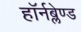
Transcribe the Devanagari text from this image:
हॉर्नब्लेण्ड